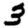
Digit: 3